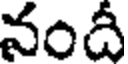
నందీ